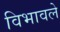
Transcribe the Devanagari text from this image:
विभावले